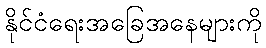
နိုင်ငံရေးအခြေအနေများကို